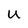
Character: U